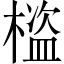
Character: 𣛯